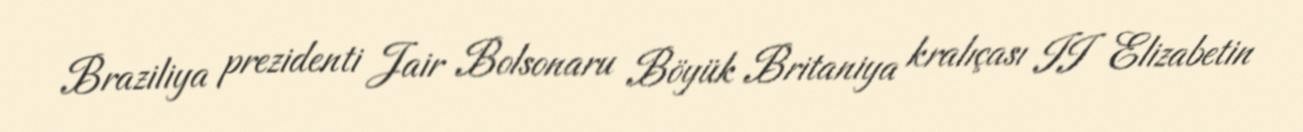
Braziliya prezidenti Jair Bolsonaru Böyük Britaniya kralıçası II Elizabetin